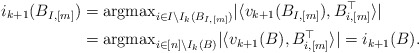
\begin{align*}i_{k+1}(B_{I,[m]}) &= {\rm argmax}_{i \in I\backslash I_k(B_{I,[m]})}|\langle v_{k+1}(B_{I,[m]}) , B_{i,[m]}^\top\rangle|\\&={\rm argmax}_{i \in [n]\backslash I_k(B)}|\langle v_{k+1}(B) , B_{i,[m]}^\top\rangle|=i_{k+1}(B).\end{align*}